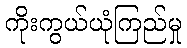
ကိုးကွယ်ယုံကြည်မှု